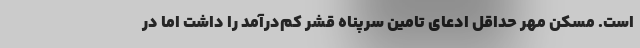
است. مسکن مهر حداقل ادعای تامین سرپناه قشر کم‌درآمد را داشت اما در